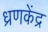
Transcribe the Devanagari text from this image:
ध्रणकेंद्र